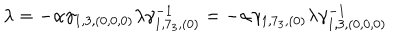
\lambda = - \alpha \gamma _ { 1 , 3 , ( 0 , 0 , 0 ) } \lambda \gamma _ { 1 , 7 _ { 3 } , ( 0 ) } ^ { - 1 } = - \alpha \gamma _ { 1 , 7 _ { 3 } , ( 0 ) } \lambda \gamma _ { 1 , 3 , ( 0 , 0 , 0 ) } ^ { - 1 }